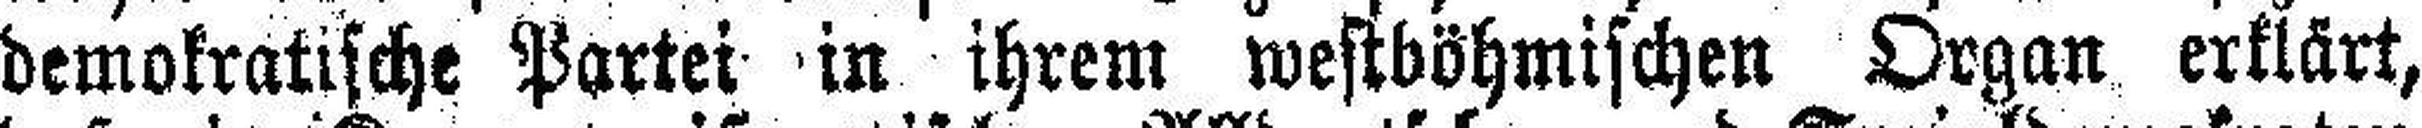
demokratische Partei in ihrem westböhmischen Organ erklärt,